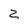
Character: Z